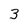
Character: 3